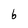
Character: 6